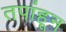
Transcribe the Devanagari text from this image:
तपांहून